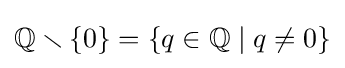
\mathbb {Q} \smallsetminus \left\{0\right\}=\left\{q\in \mathbb {Q} \mid q\neq 0\right\}